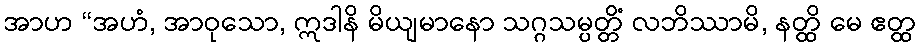
အာဟ “အဟံ, အာဝုသော, ဣဒါနိ မိယျမာနော သဂ္ဂသမ္ပတ္တိံ လဘိဿာမိ, နတ္ထိ မေ ဧတ္ထ